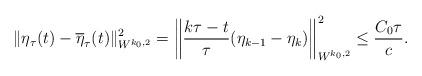
LaTeX: \begin{align*}\|\eta_{\tau}(t) - \overline{\eta}_{\tau}(t)\|_{W^{k_0,2}}^2 = \left\|\frac{k \tau - t}{\tau}(\eta_{k - 1} - \eta_k)\right\|_{W^{k_0,2}}^2 \le \frac{C_0 \tau}{c}.\end{align*}